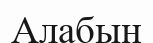
Алабын